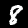
Digit: 8